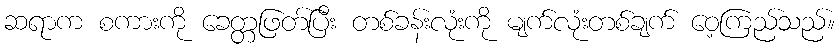
ဆရာက စကားကို ခေတ္တဖြတ်ပြီး တစ်ခန်းလုံးကို မျက်လုံးတစ်ချက် ဝေ့ကြည်သည်။